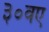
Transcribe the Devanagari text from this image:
३०वए